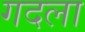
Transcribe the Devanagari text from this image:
गदला